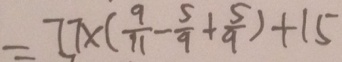
= 7 7 \times ( \frac { 9 } { 1 1 } - \frac { 5 } { 9 } + \frac { 5 } { 9 } ) + 1 5